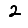
Digit: 2